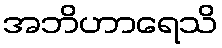
အဘိဟာရေသိ